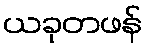
ယခုတဖန်